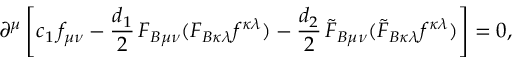
\partial ^ { \mu } \left[ c _ { 1 } \, f _ { \mu \nu } - \frac { d _ { 1 } } { 2 } \, F _ { B \mu \nu } ( F _ { B \kappa \lambda } f ^ { \kappa \lambda } ) - \frac { d _ { 2 } } { 2 } \, \widetilde { F } _ { B \mu \nu } ( \widetilde { F } _ { B \kappa \lambda } f ^ { \kappa \lambda } ) \right] = 0 ,